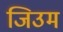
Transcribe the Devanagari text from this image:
जिउम